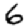
Digit: 6